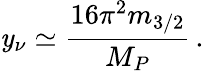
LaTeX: \mathit{y}_{\nu}\simeq\frac{{16\pi^{2}m_{3/2}}}{{M_{P}}}\, .